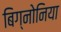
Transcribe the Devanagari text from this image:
बिग्नोनिया